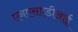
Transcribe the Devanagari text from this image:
एनएसएडीआई